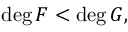
\deg F < \deg G ,